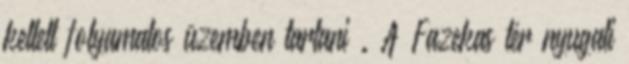
kellett folyamatos üzemben tartani . A Fazekas tér nyugati